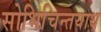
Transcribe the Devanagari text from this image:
सोभिचिन्तयाथ